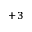
^ { + 3 }